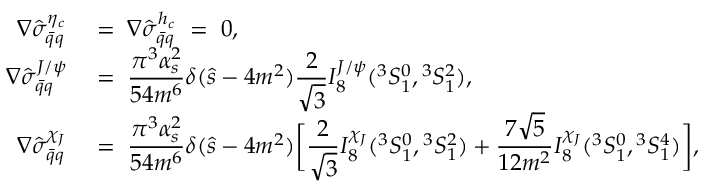
\begin{array} { r l } { { \nabla \hat { \sigma } _ { \bar { q } q } ^ { \eta _ { c } } \; } } & { { = \; \nabla \hat { \sigma } _ { \bar { q } q } ^ { h _ { c } } \; = \; 0 , } } \\ { { \nabla \hat { \sigma } _ { \bar { q } q } ^ { J / \psi } \; } } & { { = \; { \displaystyle { \frac { \pi ^ { 3 } \alpha _ { s } ^ { 2 } } { 5 4 m ^ { 6 } } } } \delta ( \hat { s } - 4 m ^ { 2 } ) \displaystyle { \frac { 2 } { \sqrt 3 } } { \cal I } _ { 8 } ^ { J / \psi } ( { } ^ { 3 } S _ { 1 } ^ { 0 } , { } ^ { 3 } S _ { 1 } ^ { 2 } ) , } } \\ { { \nabla \hat { \sigma } _ { \bar { q } q } ^ { \chi _ { J } } \; } } & { { = \; { \displaystyle { \frac { \pi ^ { 3 } \alpha _ { s } ^ { 2 } } { 5 4 m ^ { 6 } } } } \delta ( \hat { s } - 4 m ^ { 2 } ) \biggl [ \displaystyle { \frac { 2 } { \sqrt 3 } } { \cal I } _ { 8 } ^ { \chi _ { J } } ( { } ^ { 3 } S _ { 1 } ^ { 0 } , { } ^ { 3 } S _ { 1 } ^ { 2 } ) + \displaystyle { \frac { 7 \sqrt 5 } { 1 2 m ^ { 2 } } } { \cal I } _ { 8 } ^ { \chi _ { J } } ( { } ^ { 3 } S _ { 1 } ^ { 0 } , { } ^ { 3 } S _ { 1 } ^ { 4 } ) \biggr ] , } } \end{array}